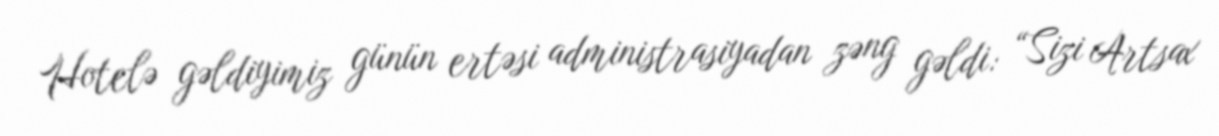
Hotelə gəldiyimiz günün ertəsi administrasiyadan zəng gəldi: “Sizi Artsax